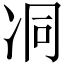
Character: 㓊